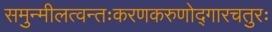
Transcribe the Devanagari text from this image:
समुन्मीलत्वन्तःकरणकरुणोद्गारचतुरः